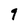
Character: 9